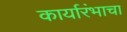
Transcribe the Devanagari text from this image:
कार्यारंभाचा